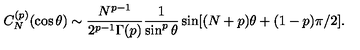
C _ { N } ^ { ( p ) } ( \cos \theta ) \sim { \frac { N ^ { p - 1 } } { 2 ^ { p - 1 } \Gamma ( p ) } } { \frac { 1 } { \sin ^ { p } \theta } } \sin [ ( N + p ) \theta + ( 1 - p ) \pi / 2 ] .